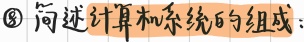
\textcircled{8} 简述计算机系统的组成：